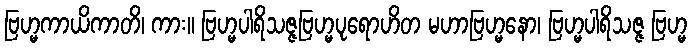
ဗြဟ္မကာယိကာတိ၊ ကား။ ဗြဟ္မပါရိသဇ္ဇဗြဟ္မပုရောဟိတ မဟာဗြဟ္မနော၊ ဗြဟ္မပါရိသဇ္ဇ ဗြဟ္မ